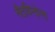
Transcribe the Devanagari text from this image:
नैटविन्देन्स